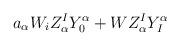
LaTeX: \begin{align*}a_\alpha W_iZ^I_\alpha Y^{\alpha}_0 + WZ^I_\alpha Y^{\alpha}_I\end{align*}